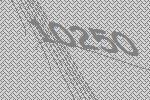
10250